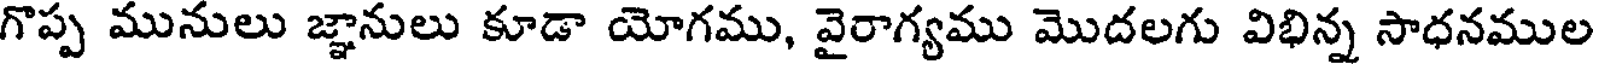
గొప్ప మునులు జ్ఞానులు కూడా యోగము, వైరాగ్యము మొదలగు విభిన్న సాధనముల